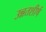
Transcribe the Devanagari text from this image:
उन्नतशीर्ष